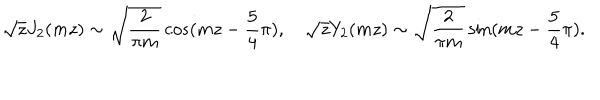
LaTeX: \sqrt { z } J _ { 2 } ( m z ) \sim \sqrt { { \frac { 2 } { \pi m } } } \cos ( m z - { \frac { 5 } { 4 } } \pi ) , ~ \sqrt { z } Y _ { 2 } ( m z ) \sim \sqrt { { \frac { 2 } { \pi m } } } \sin ( m z - { \frac { 5 } { 4 } } \pi ) .